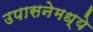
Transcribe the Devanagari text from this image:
उपासनेमध्ये